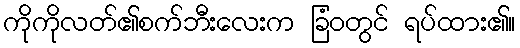
ကိုကိုလတ်၏စက်ဘီးလေးက ခြံဝတွင် ရပ်ထား၏။